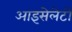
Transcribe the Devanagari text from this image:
आइसेलेटों